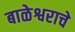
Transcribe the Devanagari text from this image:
बाळेश्वराचे